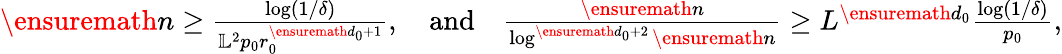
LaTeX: \begin{array}{r}{\ensuremath{n}\geq\frac{\log(1/\delta)}{\mathbb{L}^{2}p_{0}r_{0}^{\ensuremath{d}_{0}+1}},\quad\mathrm{and}\quad\frac{\ensuremath{n}}{\log^{\ensuremath{d}_{0}+2}\ensuremath{n}}\geq L^{\ensuremath{d}_{0}}\frac{\log(1/\delta)}{p_{0}},}\end{array}